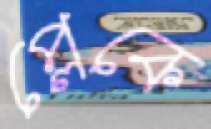
প্লেকে